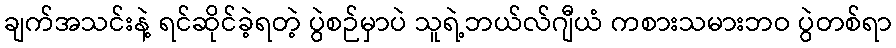
ချက်အသင်းနဲ့ ရင်ဆိုင်ခဲ့ရတဲ့ ပွဲစဉ်မှာပဲ သူရဲ့ဘယ်လ်ဂျီယံ ကစားသမားဘဝ ပွဲတစ်ရာ